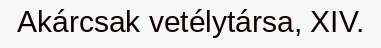
Akárcsak vetélytársa, XIV.